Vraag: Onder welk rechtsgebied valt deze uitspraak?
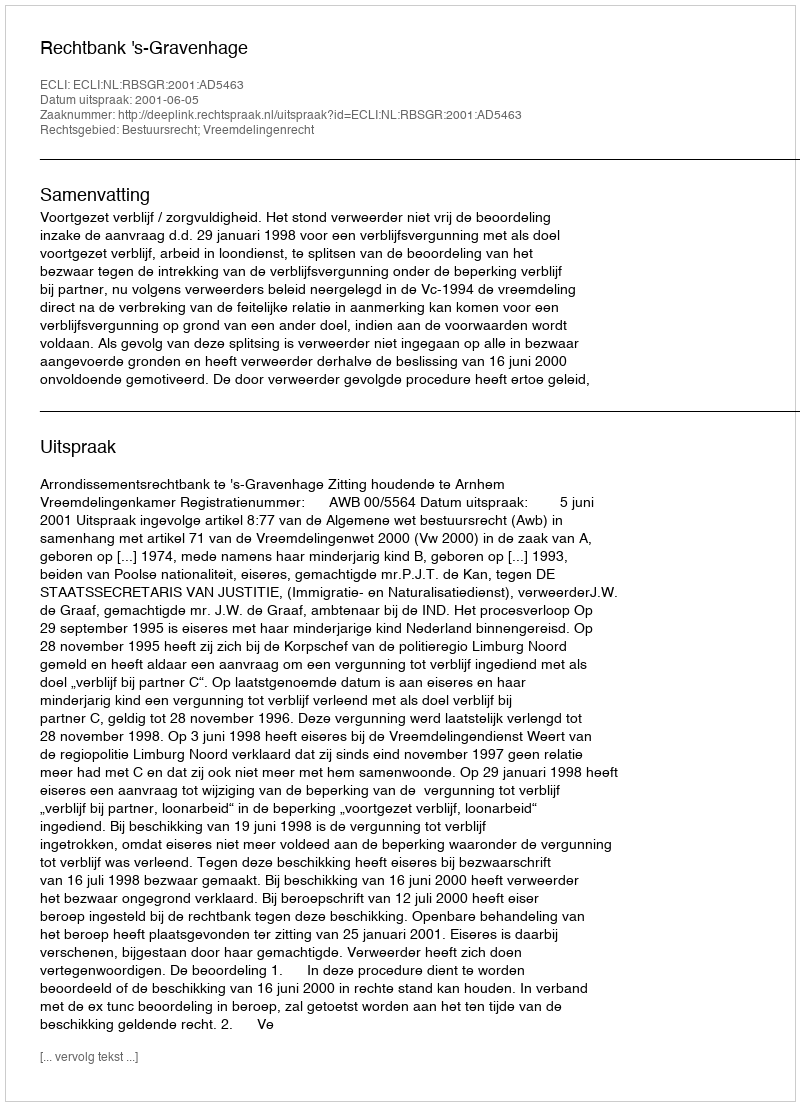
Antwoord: Bestuursrecht; Vreemdelingenrecht